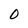
Character: 0